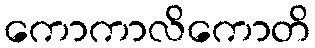
ကောကာလိကောတိ